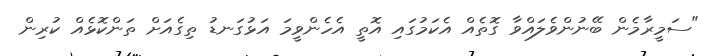
"ސަމީރާމެން ބޭނުންވެލައްވާ ގޮތެއް އެކަމުގައި އޮތީ އެހެންވީމަ އަޅުގަނޑު ތިގެއަށް ތަންކޮޅެއް ކުރިން